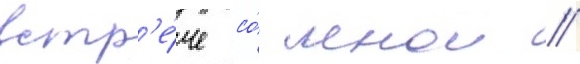
встр'е́че со́ мнои //